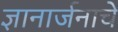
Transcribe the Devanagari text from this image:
ज्ञानार्जनाचे